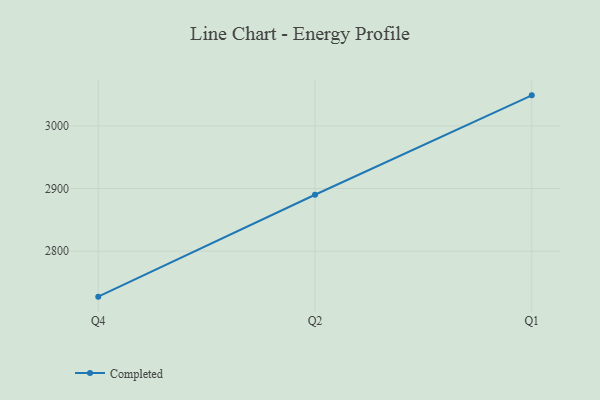
{"axis": {"x": "Quarter", "y": "Budget (USD K)"}, "legend": ["Completed"], "data": [{"x": "Q4", "y": 2727.4, "type": "Completed"}, {"x": "Q2", "y": 2890.0, "type": "Completed"}, {"x": "Q1", "y": 3048.7, "type": "Completed"}]}